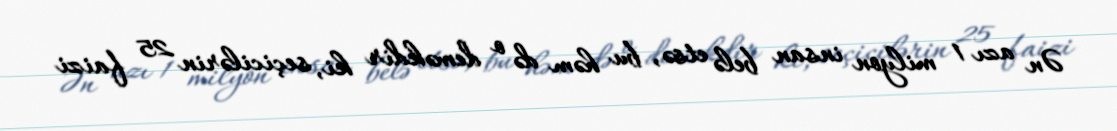
Ən azı 1 milyon insan belə etsə, bu həm də o deməkdir ki, seçicilərin 25 faizi